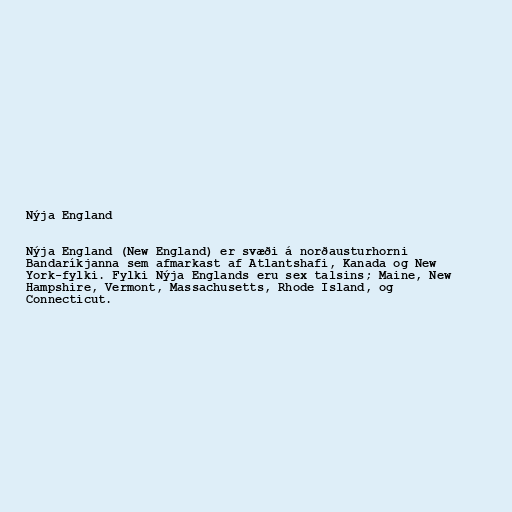
Nýja England

Nýja England (New England) er svæði á norðausturhorni
Bandaríkjanna sem afmarkast af Atlantshafi, Kanada og New
York-fylki. Fylki Nýja Englands eru sex talsins; Maine, New
Hampshire, Vermont, Massachusetts, Rhode Island, og
Connecticut.